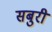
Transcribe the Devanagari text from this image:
सबुरी